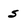
Character: s